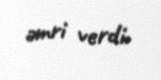
əmri verdi.